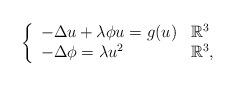
LaTeX: \begin{align*} \left\{ \begin{array}{ll} -\Delta u+\lambda \phi u=g(u) & \mathbb R^3 \\ -\Delta \phi= \lambda u^2 & \mathbb R^3, \end{array} \right.\end{align*}